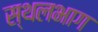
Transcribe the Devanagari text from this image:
स्थलभाग